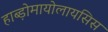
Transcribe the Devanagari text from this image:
हाब्ड़ोमायोलायसिस